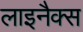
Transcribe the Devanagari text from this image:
लाइनैक्स